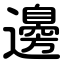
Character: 邊